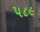
૫૮૯